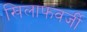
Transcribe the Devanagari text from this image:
खिलाफवर्जी